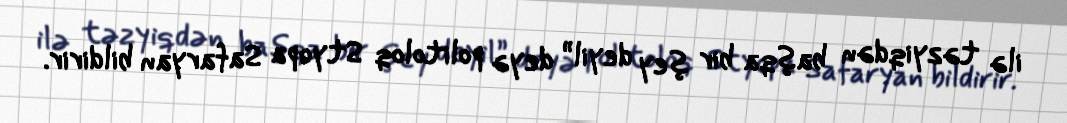
ilə təzyiqdən başqa bir şey deyil” deyə politoloq Styopa Safaryan bildirir.